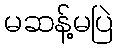
မဆန့်မပြဲ